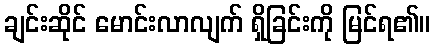
ချင်းဆိုင် မောင်းလာလျက် ရှိခြင်းကို မြင်ရ၏။